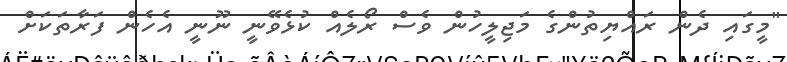
"މީގައި ދެން ރައްޔިތުންގެ މަޖިލީހުން ވެސް ރޯލެއް ކުޅެވޭނީ ނޫނީ އެހެން ފަރާތަކަށް